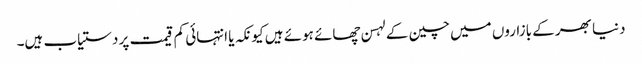
دنیا بھر کے بازاروں میں چین کے لہسن چھائے ہوئے ہیں کیونکہ یا انتہائی کم قیمت پر دستیاب ہیں۔